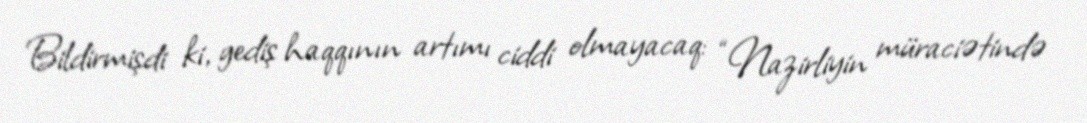
Bildirmişdi ki, gediş haqqının artımı ciddi olmayacaq: “Nazirliyin müraciətində